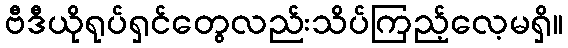
ဗီဒီယိုရုပ်ရှင်တွေလည်းသိပ်ကြည့်လေ့မရှိ။